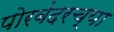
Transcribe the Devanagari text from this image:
पोरबंदरच्या